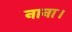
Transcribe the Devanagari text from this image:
नाना।